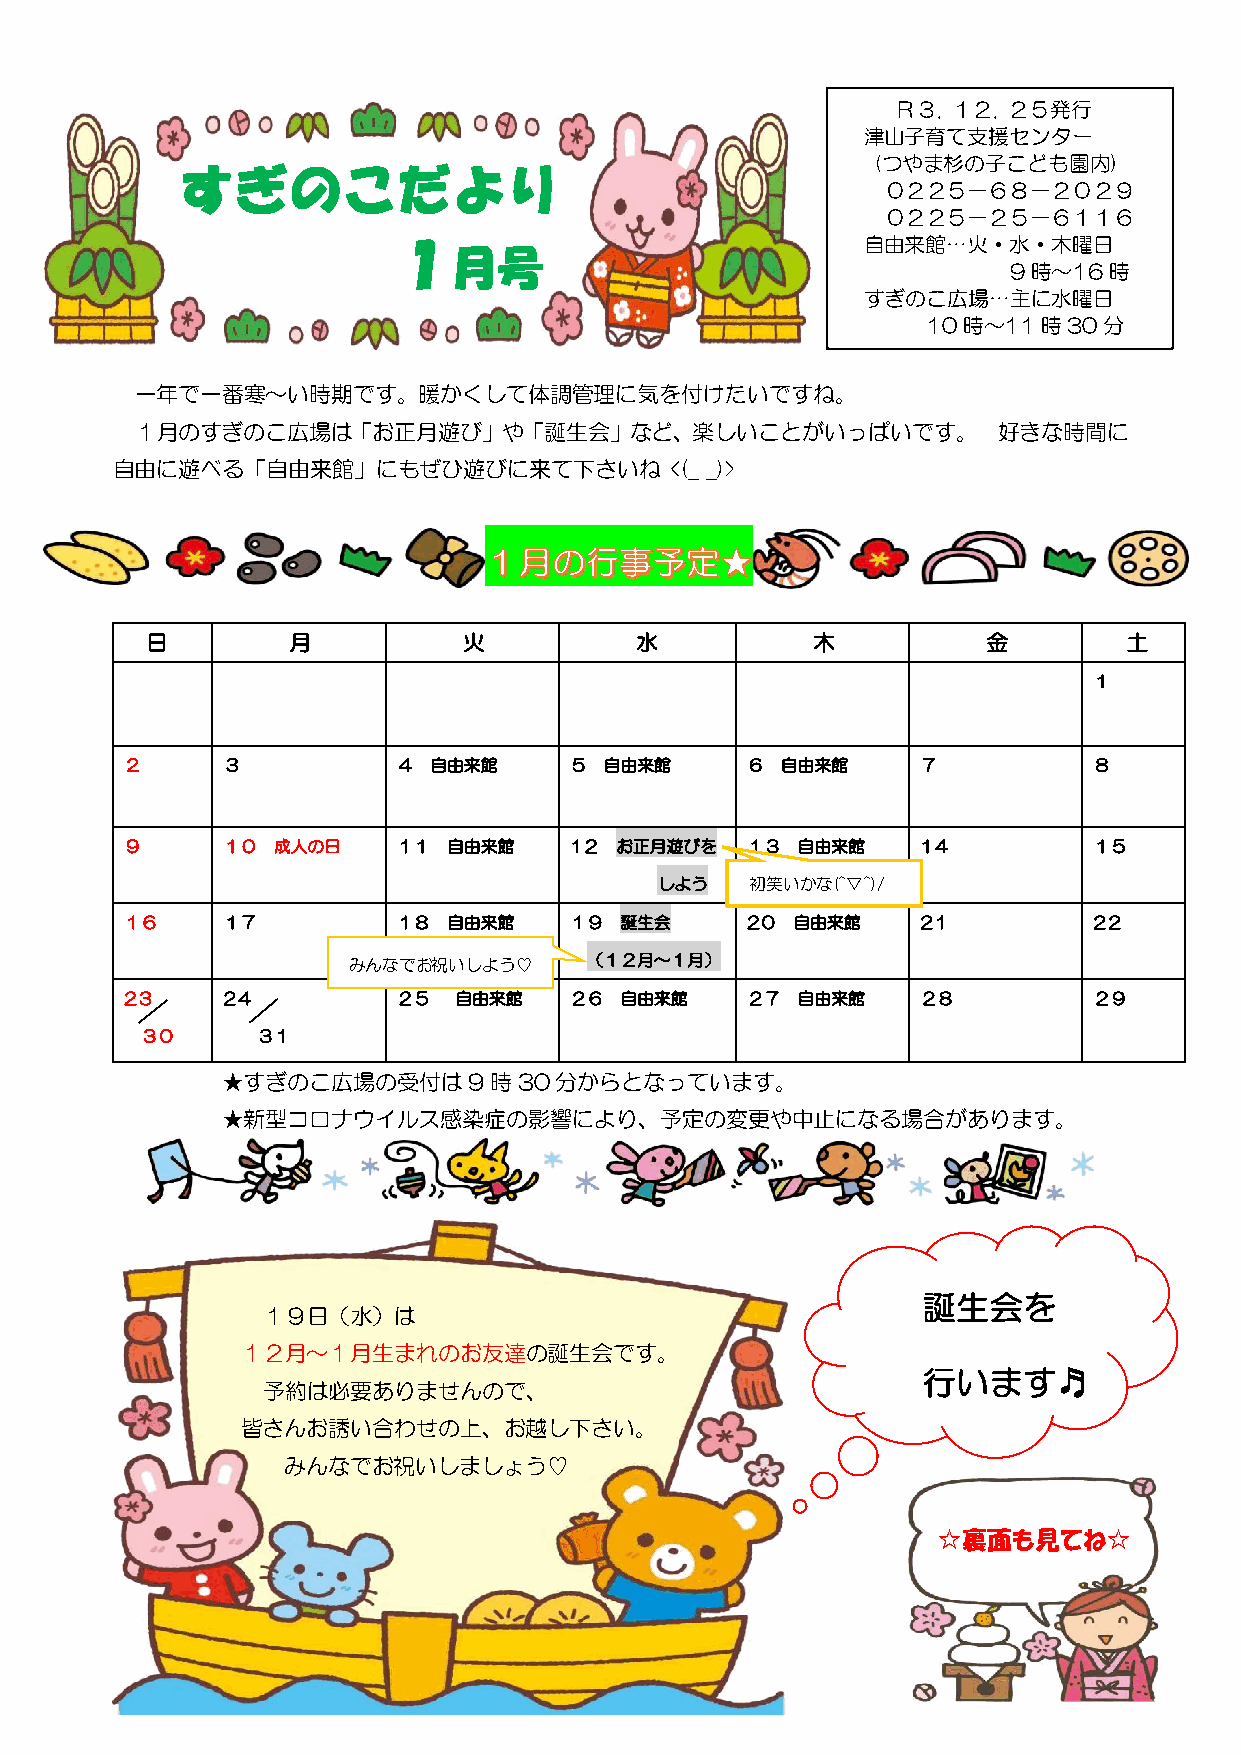
みんなでお祝い♡おめでとう♡
 Ｒ３. １２. ２５発行
 津山子育て支援センター
 (つやま杉の子こども園内)
 すぎのこだより
 ０２２５－６８－２０２９
 ０２２５－２５－６１１６
 １
 月号
 自由来館…火・水・木曜日
 9時～16時
 すぎのこ広場…主に水曜日
 10時～11時30分
 一年で一番寒～い時期です。暖かくして体調管理に気を付けたいですね。
 １月のすぎのこ広場は「お正月遊び」や「誕生会」など、楽しいことがいっぱいです。                  好きな時間に
 自由に遊べる「自由来館」にもぜひ遊びに来て下さいね            <(_ _)>
 日        月           火          水           木          金         土
 １
 ２      ３          ４ 自由来館      ５ 自由来館     ６  自由来館     ７          ８
 ９      １０ 成人の日    １１  自由来館    1２ お正月遊びを  １３  自由来館    1４         １５
 しよう   初笑い かな(^▽^)/
 １６     １７         １８  自由来館    １９ 誕生会     2０ 自由来館     2１         2２
 みんなでお祝 いしよう♡    （１２月～１月）
 2３     2４         ２５  自由来館    ２６ 自由来館    ２７  自由来館    ２８         ２９
 ３０      ３１
 ★すぎのこ広場の受付は9時30分からとなっています。
 ★新型コロナウイルス感染症の影響により、予定の変更や中止になる場合があります。
 誕生会を
 １９日（水）は
 たんじょう
 １２月～１月生まれのお友達の誕生会です。
 行います♬
 予約は必要ありませんので、
 皆さんお誘い合わせの上、お越し下さい。
 みんなでお祝いしましょう♡
 ☆裏面も見てね☆